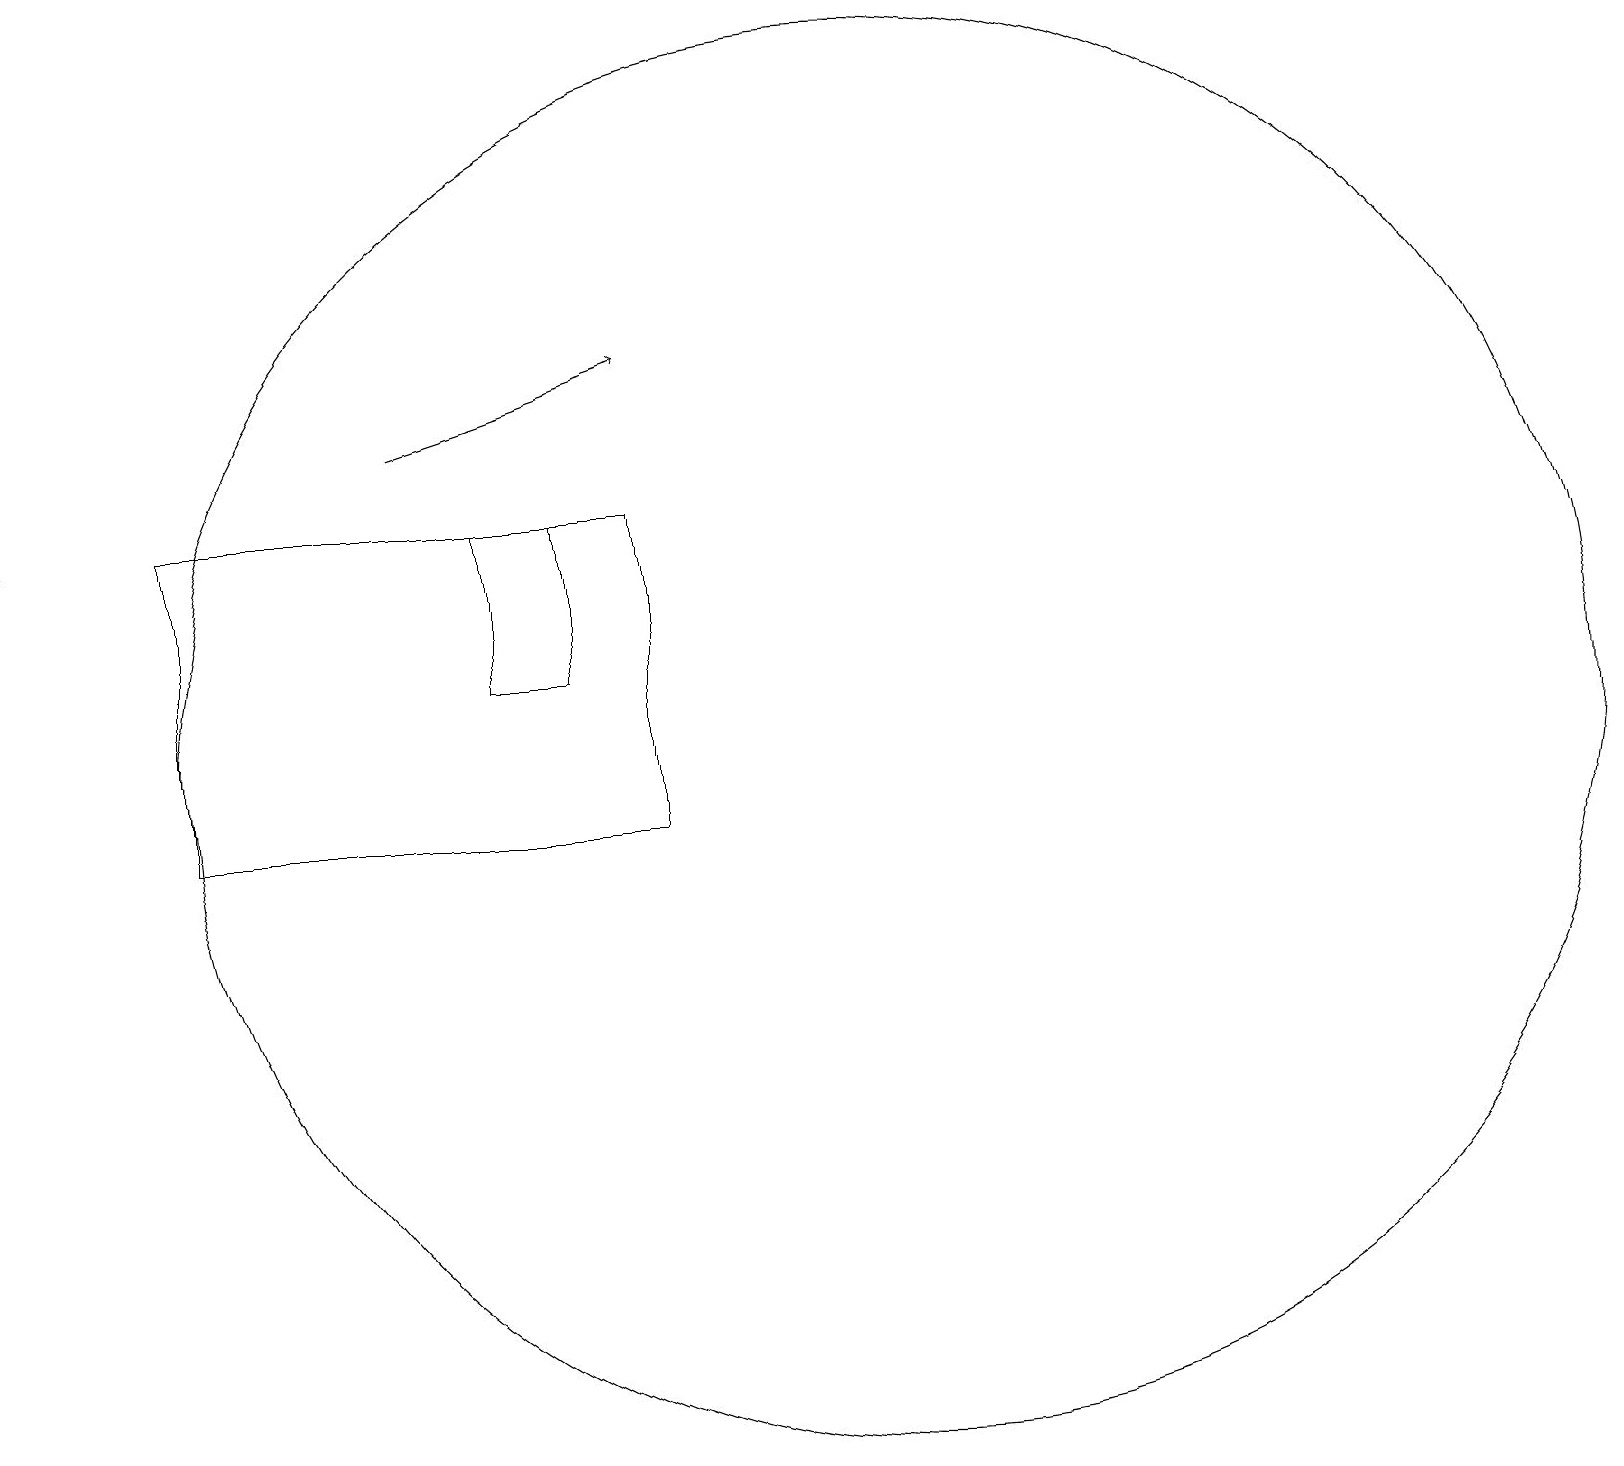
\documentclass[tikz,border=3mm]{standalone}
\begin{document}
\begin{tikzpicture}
\draw (8,14) rectangle (7,12);
\draw (9,14) rectangle (3,10);
\draw (12,11) circle (9);
\draw[->] (6,15) -- (9,16);
\draw (1,14) rectangle (1,18);
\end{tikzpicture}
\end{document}